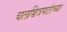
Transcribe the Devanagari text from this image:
चलच्चित्रपटांच्या